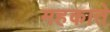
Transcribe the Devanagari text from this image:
महकाते